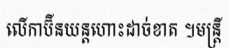
លើកាប៊ីនយន្តហោះដាច់ខាត ។មន្ត្រី